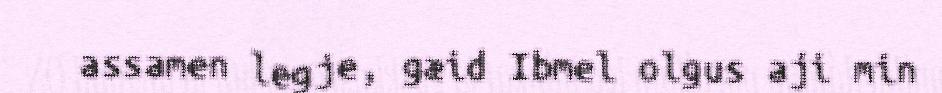
assamen legje, gæid Ibmel olgus aji min